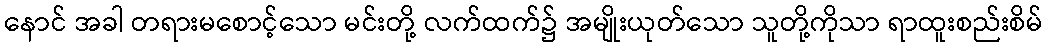
နောင် အခါ တရားမစောင့်သော မင်းတို့ လက်ထက်၌ အမျိုးယုတ်သော သူတို့ကိုသာ ရာထူးစည်းစိမ်